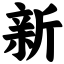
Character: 新